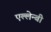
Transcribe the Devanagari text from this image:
एल्लेन्बी